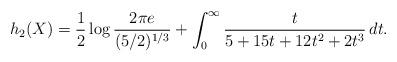
LaTeX: \begin{align*} h_2(X) = \frac12 \log \frac{2 \pi e}{(5/2)^{1/3}} + \int_0^\infty \frac{t}{5+15t+12t^2+2t^3} \, dt.\end{align*}